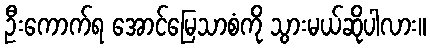
ဦးကောက်ရ အောင်မြေသာစံကို သွားမယ်ဆိုပါလား။